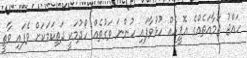
ހައްޖު ޖަމާއަތެއްގެ އޮފީހެއް ހުޅުވާފައި ހުންނަ ވަގުތެއް ހޯދުމަކީ ދަތިކަމަކަށް ވެފައި ވާތީ